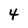
Character: 4